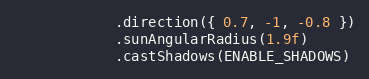
Language: C++
            .direction({ 0.7, -1, -0.8 })
            .sunAngularRadius(1.9f)
            .castShadows(ENABLE_SHADOWS)